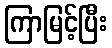
ကြာမြင့်ပြီး